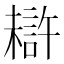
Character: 𰘦